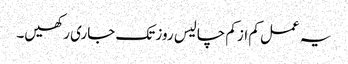
یہ عمل کم از کم چالیس روز تک جاری رکھیں۔